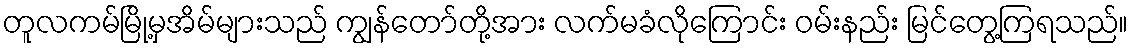
တူလကမ်မြို့မှအိမ်များသည် ကျွန်တော်တို့အား လက်မခံလိုကြောင်း ဝမ်းနည်း မြင်တွေ့ကြရသည်။